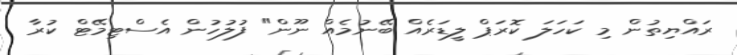
ރައްޔިތުން މި ކަހަލަ ކޮރަޕް ލީޑަރެއް ބޭނުމެއް ނޫން" ފުލުހުން އެސްޓިމޭޓް ކުރާ